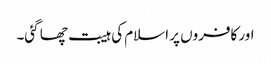
اور کافروں پر اسلام کی ہیبت چھا گئی۔